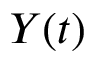
Y ( t )